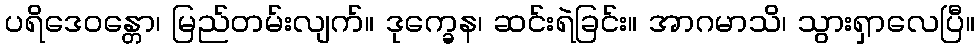
ပရိဒေဝန္တော၊ မြည်တမ်းလျက်။ ဒုက္ခေန၊ ဆင်းရဲခြင်း။ အာဂမာသိ၊ သွားရှာလေပြီ။